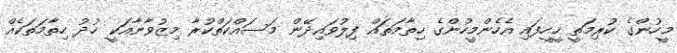
މީހުންގެ ކުރިމަތީ ހީހީފައި އެހެންމީހުންގެ ހިތާމަތައް ފިލުވައިދޭން މަސައްކަތްކުރާ މިޒުވާނާއަކީ ޚުދު ހިތާމަތަކެއް